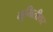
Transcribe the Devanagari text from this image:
भूमितीवर